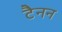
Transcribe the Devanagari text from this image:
टैनन